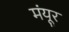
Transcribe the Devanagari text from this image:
मंयूर